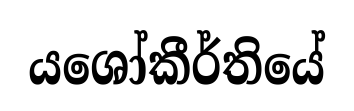
යශෝකීර්තියේ